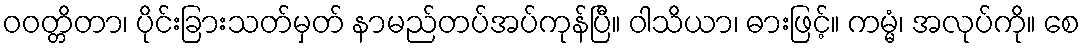
ဝဝတ္တိတာ၊ ပိုင်းခြားသတ်မှတ် နာမည်တပ်အပ်ကုန်ပြီ။ ဝါသိယာ၊ ဓားဖြင့်။ ကမ္မံ၊ အလုပ်ကို။ စေ